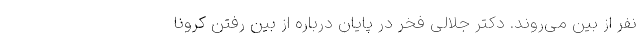
نفر از بین ‌می‌روند. دکتر جلالی فخر در پایان درباره از بین رفتن کرونا